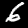
Digit: 6